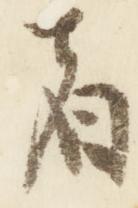
者